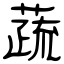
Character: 蔬